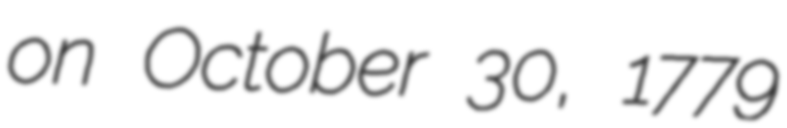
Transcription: on October 30, 1779